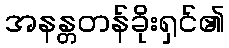
အနန္တတန်ခိုးရှင်၏